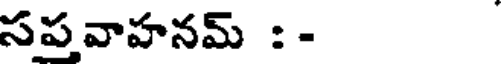
సపవాహనమ్ :-